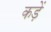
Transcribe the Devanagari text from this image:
कड़ें